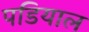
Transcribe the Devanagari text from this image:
पडियाल